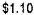
$1.10